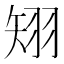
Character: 𥏊